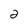
Character: 2